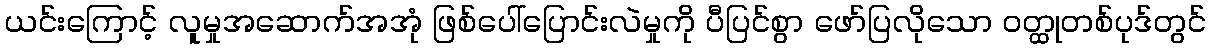
ယင်းကြောင့် လူမှုအဆောက်အအုံ ဖြစ်ပေါ်ပြောင်းလဲမှုကို ပီပြင်စွာ ဖော်ပြလိုသော ဝတ္ထုတစ်ပုဒ်တွင်